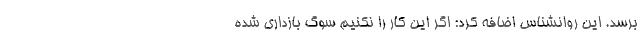
برسد. این روانشناس اضافه کرد: اگر این کار را نکنیم سوگ بازداری شده